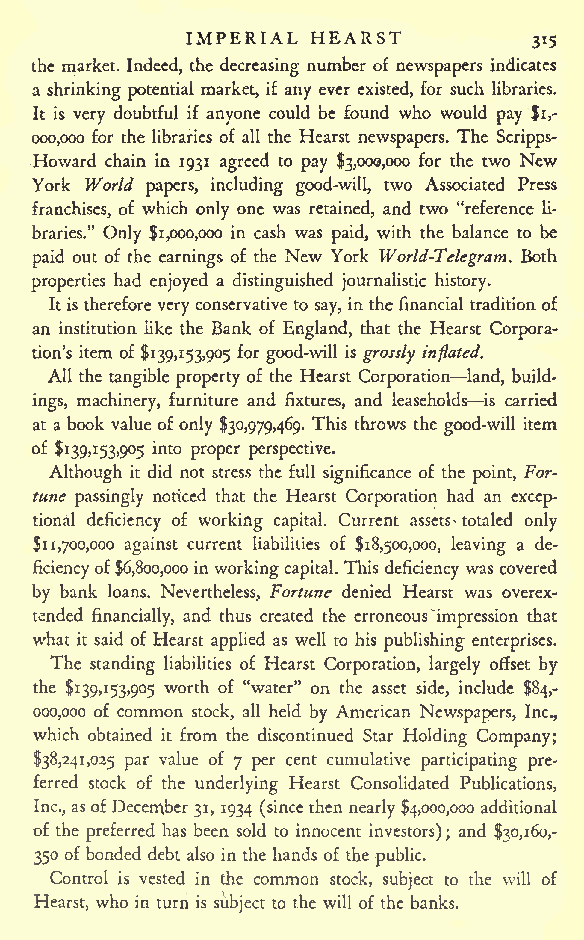
IMPERIAL HEARST
 315
 the market. Indeed, the decreasing number of newspapers indicates
 a shrinking potential market, if any ever existed, for such libraries.
 It is very doubtful if anyone could be found who would pay $i,-
 000,000 for the libraries of all the Hearst newspapers. The Scripps-
 Howard chain in 1931 agreed to pay $3,000,000 for the two New
 York World papers, including good-will, two Associated Press
 franchises, of which only one was retained, and two "reference li-
 braries." Only $1,000,000 in cash was paid, with the balance to be
 paid out of the earnings of the New York World-Telegram. Both
 properties had enjoyed a distinguished journalistic history.
 Itis thereforevery conservative to say, in the financial tradition of
 an institution like the Bank of England, that the Hearst Corpora-
 tion's item of $139,153,905 for good-will is grossly inflated.
 All the tangible property of the Hearst Corporation land, build-
 ings, machinery, furniture and fixtures, and leaseholds is carried
 at a book value ofonly $30,979,469. This throws the good-will item
 of $139,153,905 into proper perspective.
 Although it did not stress the full significance of the point, For-
 tune passingly noticed that the Hearst Corporation had an excep-
 tional deficiency of working capital. Current assets> totaled only
 $11,700,000 against current liabilities of $18,500,000, leaving a de-
 ficiencyof$6,800,000inworkingcapital. This deficiency was covered
 by bank loans. Nevertheless, Fortune denied Hearst was overex-
 tended financially, and thus created the erroneousImpression that
 what it said of Hearst applied as well to his publishing enterprises.
 The standing liabilities of Hearst Corporation, largely offset by
 the $139,153,905 worth of "water" on the asset side, include $84,-
 000,000 of common stock, all held by American Newspapers, Inc.,
 which obtained it from the discontinued Star Holding Company;
 $38,241,025 par value of 7 per cent cumulative participating pre-
 ferred stock of the underlying Hearst Consolidated Publications,
 Inc.,asofDecember 31, 1934 (since then nearly $4,000,000 additional
 of the preferred has been sold to innocent investors); and $30,160,-
 350 of bonded debt also in the hands of the public.
 Control is vested in the common stock, subject to the will of
 Hearst, who in turn is subject to the will of the banks.